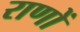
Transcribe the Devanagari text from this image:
राणों